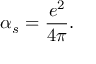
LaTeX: \alpha _ { s } = { \frac { e ^ { 2 } } { 4 \pi } } .